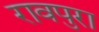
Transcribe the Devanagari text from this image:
रावपुरा